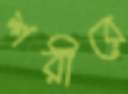
শরীরে